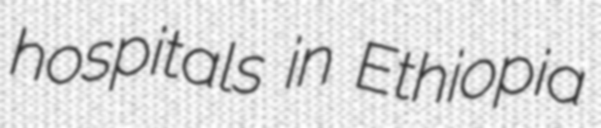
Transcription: hospitals in Ethiopia